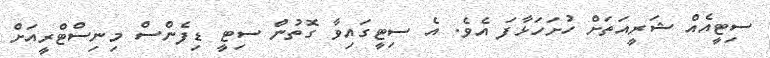
ސިޓީއެއް ޝަރީއަތަށް ހުށަހަޅާފަ އެވެ. އެ ސިޓީގައިވާ ގޮތުން ސިޓީ ޑިފެންސް މިނިސްޓްރީއަށް